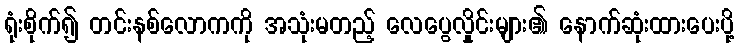
ရုံးစိုက်၍ တင်းနစ်လောကကို အသုံးမတည့် လေပွေလှိုင်းများ၏ နောက်ဆုံးထားပေးပို့